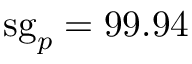
\mathrm { s g } _ { p } = 9 9 . 9 4 \